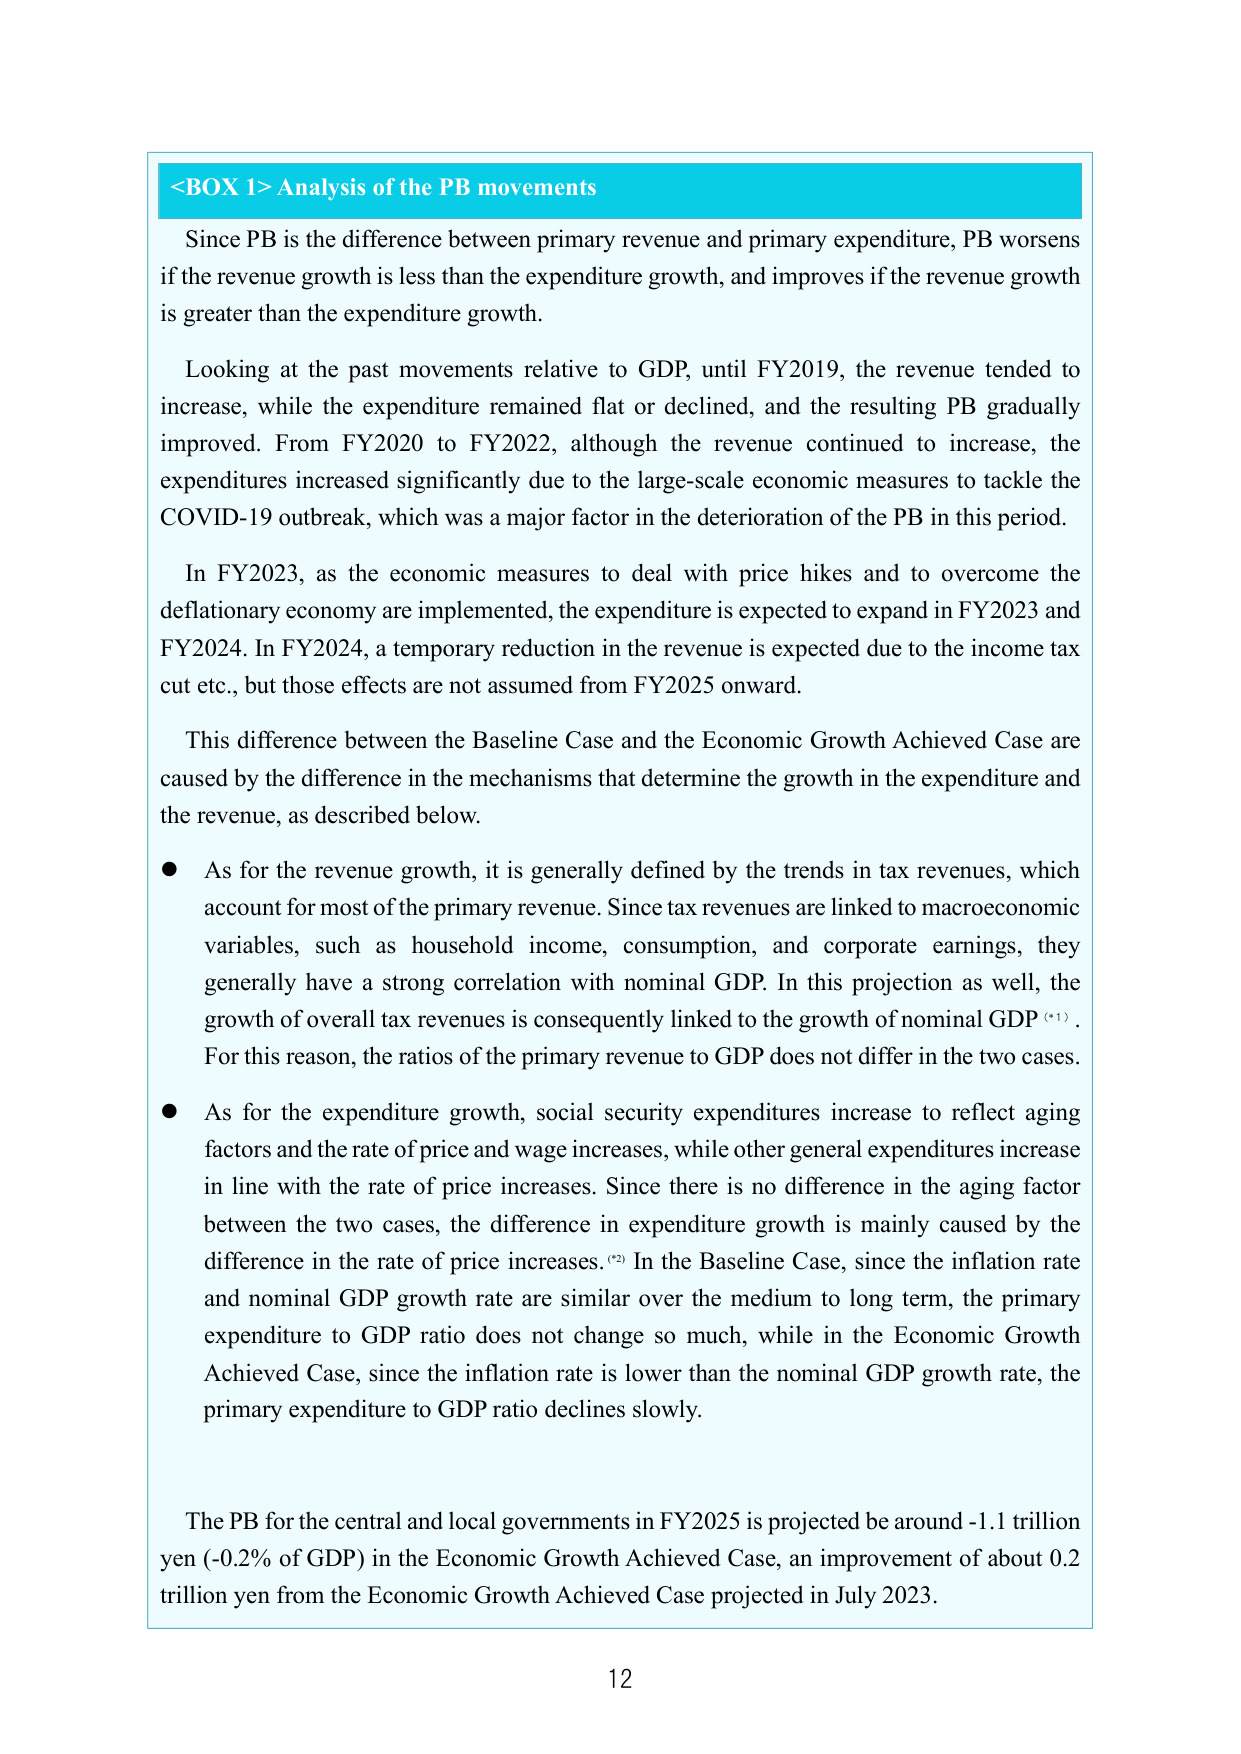
<BOX 1> Analysis of the PB movements

Since PB is the difference between primary revenue and primary expenditure, PB worsens if the revenue growth is less than the expenditure growth, and improves if the revenue growth is greater than the expenditure growth.

Looking at the past movements relative to GDP, until FY2019, the revenue tended to increase, while the expenditure remained flat or declined, and the resulting PB gradually improved. From FY2020 to FY2022, although the revenue continued to increase, the expenditures increased significantly due to the large-scale economic measures to tackle the COVID-19 outbreak, which was a major factor in the deterioration of the PB in this period.

In FY2023, as the economic measures to deal with price hikes and to overcome the deflationary economy are implemented, the expenditure is expected to expand in FY2023 and FY2024. In FY2024, a temporary reduction in the revenue is expected due to the income tax cut etc., but those effects are not assumed from FY2025 onward.

This difference between the Baseline Case and the Economic Growth Achieved Case are caused by the difference in the mechanisms that determine the growth in the expenditure and the revenue, as described below.

● As for the revenue growth, it is generally defined by the trends in tax revenues, which account for most of the primary revenue. Since tax revenues are linked to macroeconomic variables, such as household income, consumption, and corporate earnings, they generally have a strong correlation with nominal GDP. In this projection as well, the growth of overall tax revenues is consequently linked to the growth of nominal GDP (1). For this reason, the ratios of the primary revenue to GDP does not differ in the two cases.

● As for the expenditure growth, social security expenditures increase to reflect aging factors and the rate of price and wage increases, while other general expenditures increase in line with the rate of price increases. Since there is no difference in the aging factor between the two cases, the difference in expenditure growth is mainly caused by the difference in the rate of price increases. (2) In the Baseline Case, since the inflation rate and nominal GDP growth rate are similar over the medium to long term, the primary expenditure to GDP ratio does not change so much, while in the Economic Growth Achieved Case, since the inflation rate is lower than the nominal GDP growth rate, the primary expenditure to GDP ratio declines slowly.

The PB for the central and local governments in FY2025 is projected be around -1.1 trillion yen (-0.2% of GDP) in the Economic Growth Achieved Case, an improvement of about 0.2 trillion yen from the Economic Growth Achieved Case projected in July 2023.

12